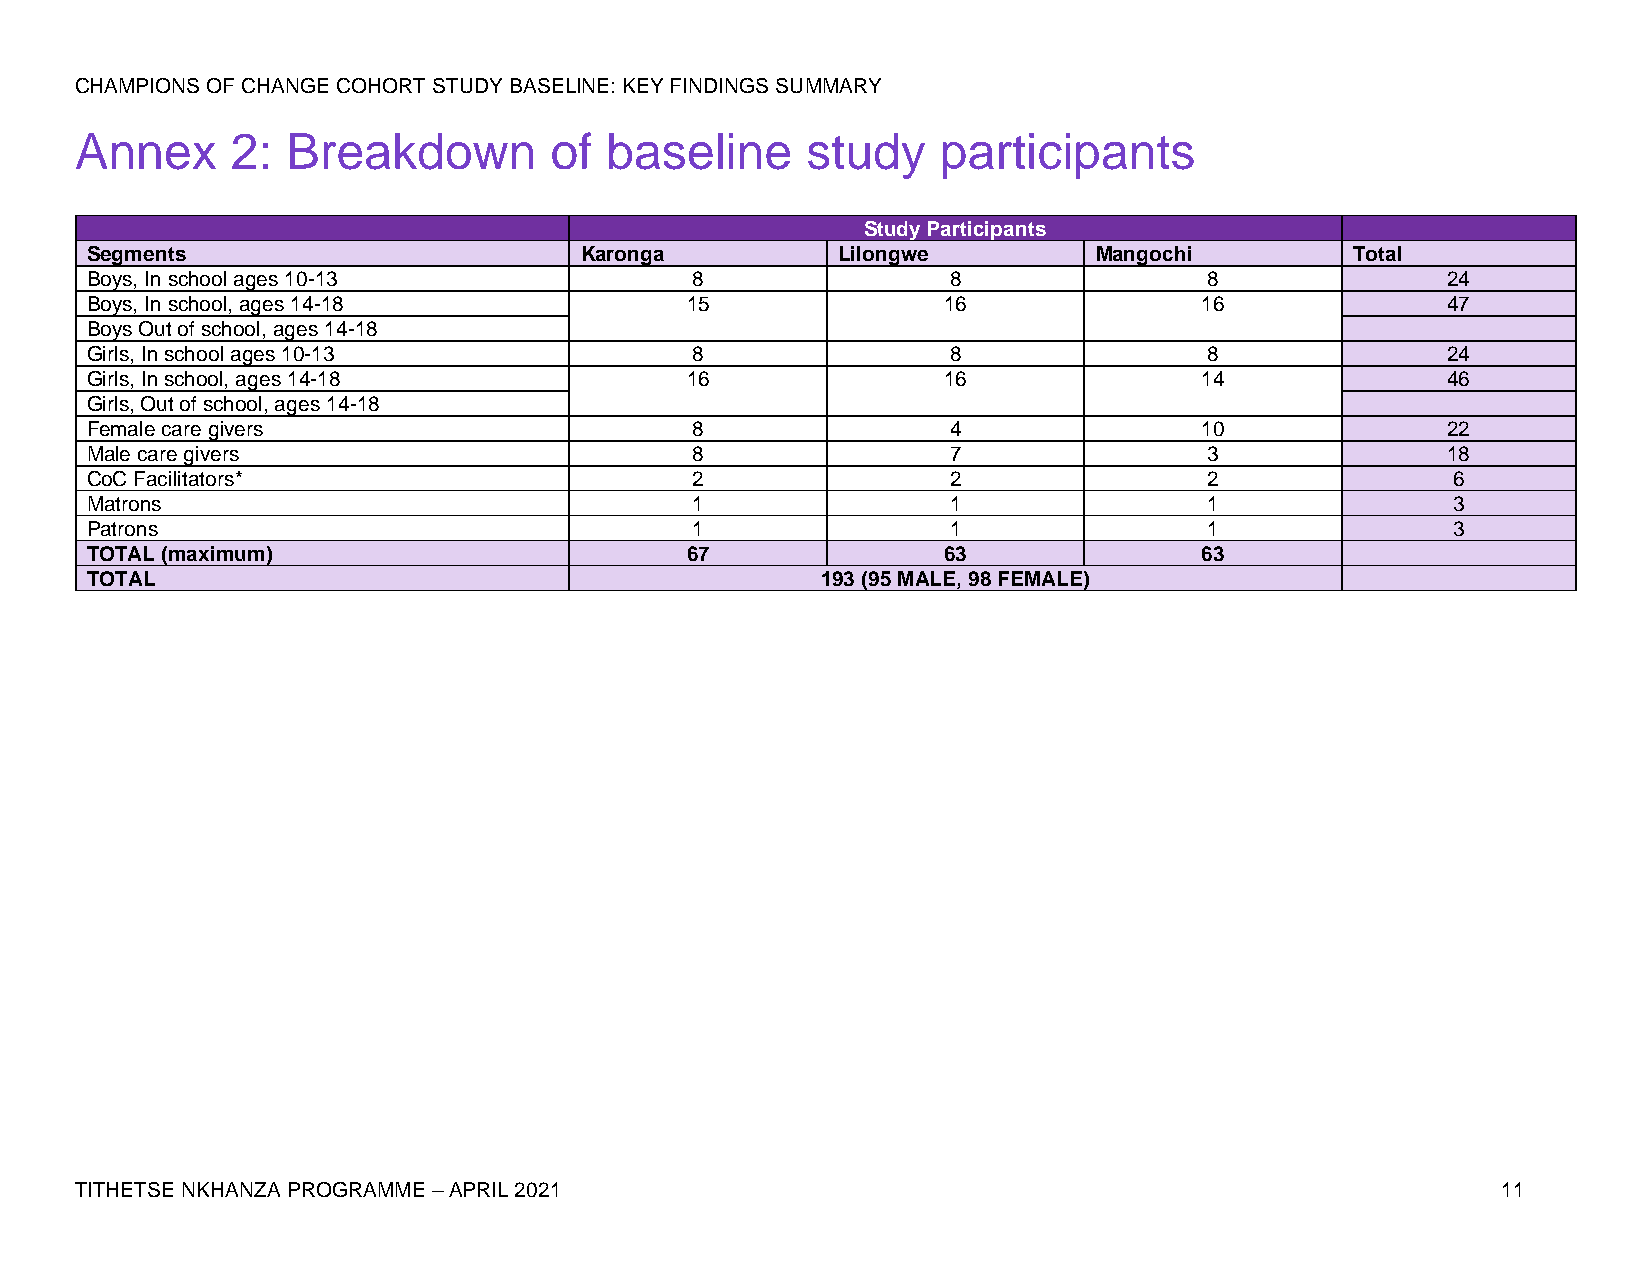
CHAMPIONS OF CHANGE COHORT STUDY BASELINE: KEY FINDINGS SUMMARY
 Annex     2:  Breakdown        of  baseline     study    participants
 Study Participants
 Segments                        Karonga          Lilongwe         Mangochi          Total
 Boys, In school ages 10-13              8                8                8               24
 Boys, In school, ages 14-18            15               16               16               47
 Boys Out of school, ages 14-18
 Girls, In school ages 10-13             8                8                8               24
 Girls, In school, ages 14-18           16               16               14               46
 Girls, Out of school, ages 14-18
 Female care givers                      8                4               10               22
 Male care givers                        8                7                3               18
 CoC Facilitators*                       2                2                2               6
 Matrons                                 1                1                1               3
 Patrons                                 1                1                1               3
 TOTAL (maximum)                        67               63               63
 TOTAL                                           193 (95 MALE, 98 FEMALE)
 TITHETSE NKHANZA PROGRAMME – APRIL 2021                                                       11